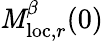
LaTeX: \mathit{M}_{\mathrm{{loc}},r}^{\beta}(0)